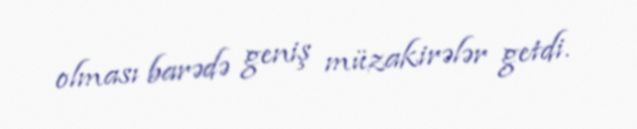
olması barədə geniş müzakirələr getdi.